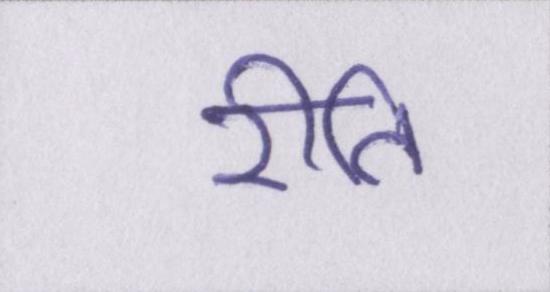
रीति